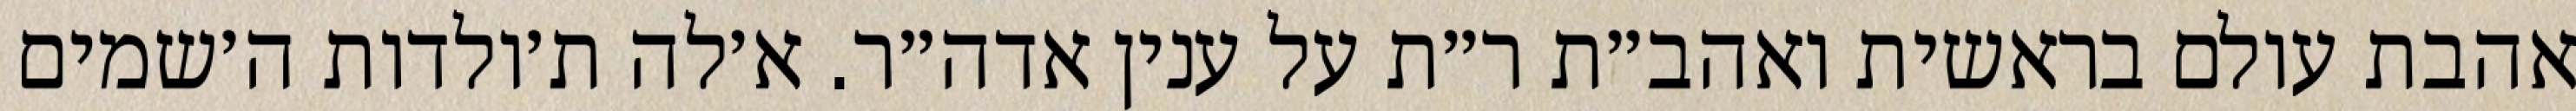
אהבת עולם בראשית ואהב״ת ר״ת על ענין אדה״ר. א׳לה ת׳ולדות ה׳שמים